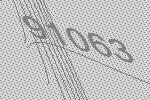
91063